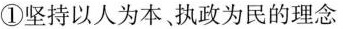
①坚持以人为本执政为民的理念